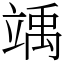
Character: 竬